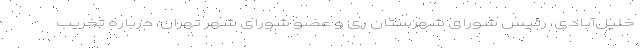
خلیل‌آبادی، رئیس شورای شهرستان ری و عضو شورای شهر تهران، درباره تخریب